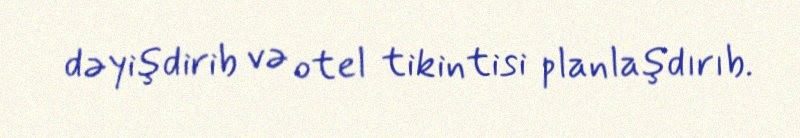
dəyişdirib və otel tikintisi planlaşdırıb.